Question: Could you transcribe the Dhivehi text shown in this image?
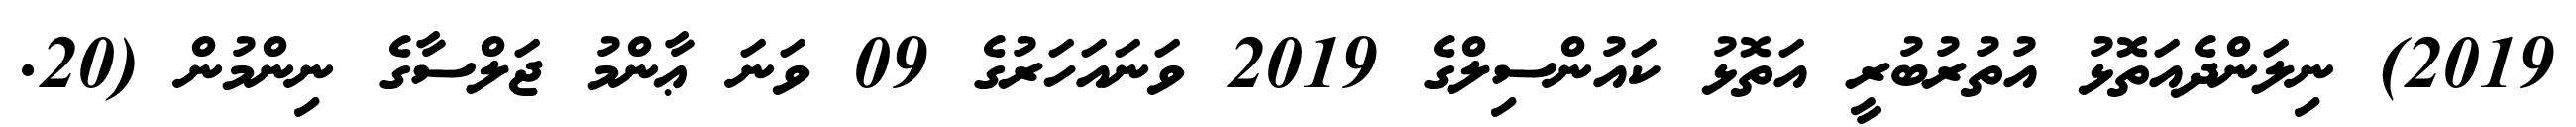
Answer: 2019) ނިލަންދެއަތޮޅު އުތުރުބުރީ އަތޮޅު ކައުންސިލްގެ 2019 ވަނައަހަރުގެ 09 ވަނަ ޢާންމު ޖަލްސާގެ ނިންމުން (20.